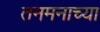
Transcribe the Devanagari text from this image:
तनमनाच्या